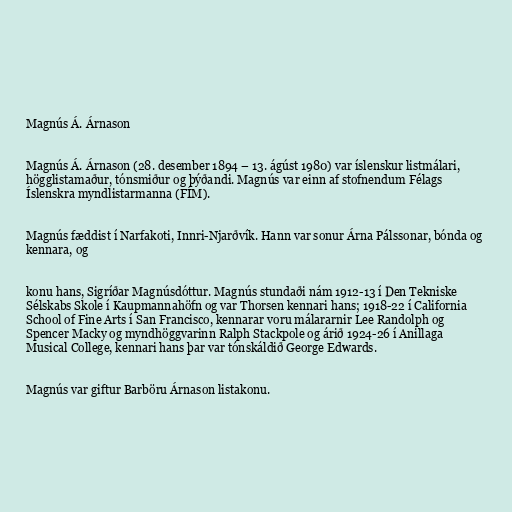
Magnús Á. Árnason

Magnús Á. Árnason (28. desember 1894 – 13. ágúst 1980) var íslenskur listmálari,
högglistamaður, tónsmiður og þýðandi. Magnús var einn af stofnendum Félags
Íslenskra myndlistarmanna (FÍM).

Magnús fæddist í Narfakoti, Innri-Njarðvík. Hann var sonur Árna Pálssonar, bónda og
kennara, og

konu hans, Sigríðar Magnúsdóttur. Magnús stundaði nám 1912-13 í Den Tekniske
Sélskabs Skole í Kaupmannahöfn og var Thorsen kennari hans; 1918-22 í California
School of Fine Arts í San Francisco, kennarar voru málararnir Lee Randolph og
Spencer Macky og myndhöggvarinn Ralph Stackpole og árið 1924-26 í Anillaga
Musical College, kennari hans þar var tónskáldið George Edwards.

Magnús var giftur Barböru Árnason listakonu.